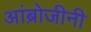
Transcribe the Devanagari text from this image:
आंब्रोजीनी